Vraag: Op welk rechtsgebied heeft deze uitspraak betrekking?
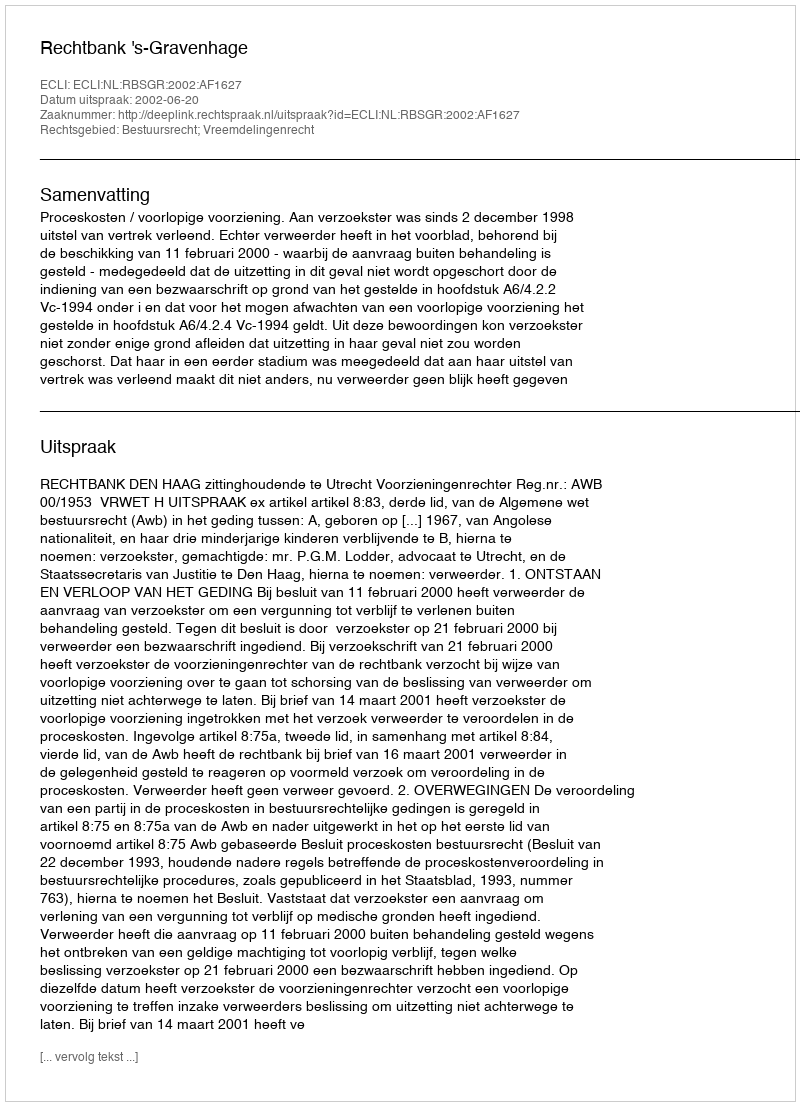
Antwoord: Bestuursrecht; Vreemdelingenrecht